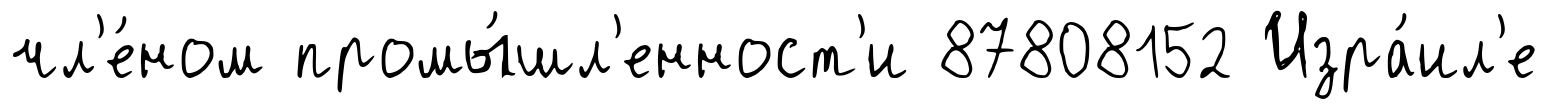
чл'е́ном промы́шл'енност'и 87808152 Изра́ил'е